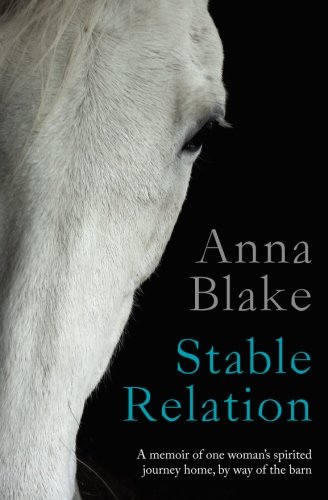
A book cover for Stable Relation: A memoir of horses, healing and country living; Anna M Blake; Crafts, Hobbies & Home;